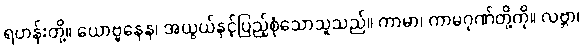
ရဟန်းတို့။ ယောဗ္ဗနေန၊ အယွယ်နှင့်ပြည့်စုံသောသူသည်။ ကာမာ၊ ကာမဂုဏ်တို့ကို။ လဗ္ဘာ၊